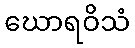
ဃောရဝိသံ